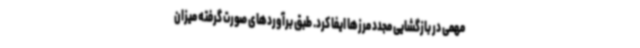
مهمی در بازگشایی مجدد مرزها ایفا کرد. طبق برآوردهای صورت گرفته میزان